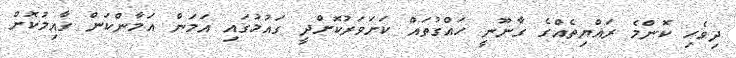
ދިވެހި ކޮންމެ ރައްޔިތެއްްގެ ގާނޫނީ ހައްގުތައް ކަށަވަރުކޮށްދީ ގައުމުގައި އަމަން އަމާންކަން ގާއިމުކޮށް